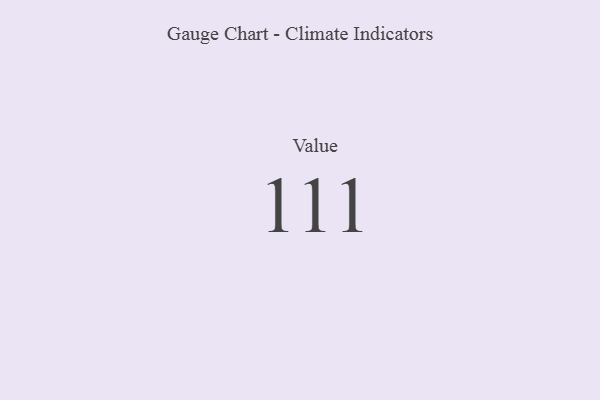
{"axis": {"x": "Metric", "y": "Value"}, "legend": [""], "data": [{"x": "Value", "y": 111, "type": ""}]}